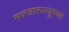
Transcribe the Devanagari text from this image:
मज्जारज्जूच्या